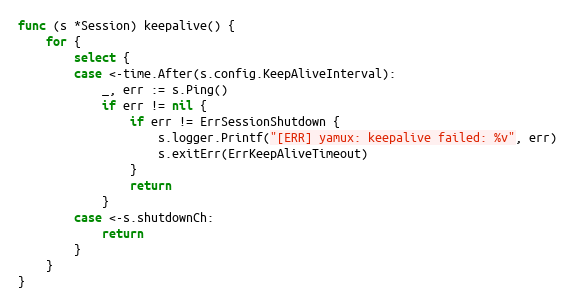
Language: Go
func (s *Session) keepalive() {
	for {
		select {
		case <-time.After(s.config.KeepAliveInterval):
			_, err := s.Ping()
			if err != nil {
				if err != ErrSessionShutdown {
					s.logger.Printf("[ERR] yamux: keepalive failed: %v", err)
					s.exitErr(ErrKeepAliveTimeout)
				}
				return
			}
		case <-s.shutdownCh:
			return
		}
	}
}